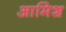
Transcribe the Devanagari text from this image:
आमिश